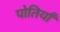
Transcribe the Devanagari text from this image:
पोतियाँ